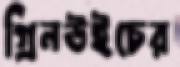
গ্রিনউইচের